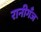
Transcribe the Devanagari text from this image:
रानीगँज